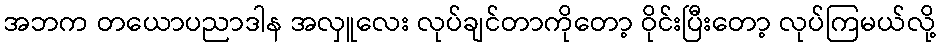
အဘက တယောပညာဒါန အလှူလေး လုပ်ချင်တာကိုတော့ ဝိုင်းပြီးတော့ လုပ်ကြမယ်လို့